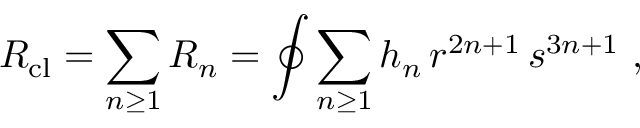
R _ { \mathrm { c l } } = \sum _ { n \ge 1 } R _ { n } = \oint \sum _ { n \ge 1 } h _ { n } \, r ^ { 2 n + 1 } \, s ^ { 3 n + 1 } \ ,